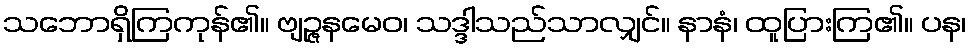
သဘောရှိကြကုန်၏။ ဗျဉ္ဇနမေဝ၊ သဒ္ဒါသည်သာလျှင်။ နာနံ၊ ထူပြားကြ၏။ ပန၊